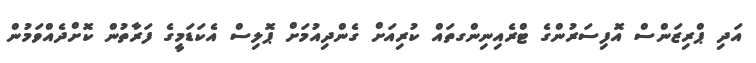
އަދި ޕްރިޒަންސް އޮފިސަރުންގެ ޓްރެއިނިންގތައް ކުރިއަށް ގެންދިއުމަށް ޕޮލިސް އެކަޑަމީގެ ފަރާތުން ކޮށްދެއްވަމުން